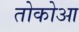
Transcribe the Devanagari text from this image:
तोकोआ